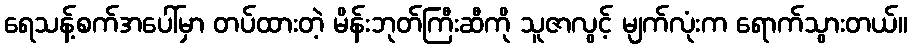
ရေသန့်စက်အပေါ်မှာ တပ်ထားတဲ့ မိန်းဘုတ်ကြီးဆီကို သူဇာလွင့် မျက်လုံးက ရောက်သွားတယ်။